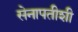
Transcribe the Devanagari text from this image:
सेनापतीशी